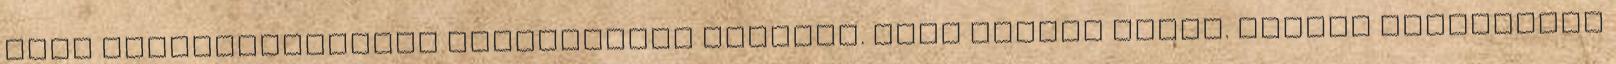
amit kiskereskedelmi forgalomban árulnak. Csak zselés nincs. Boldog karácsonyt